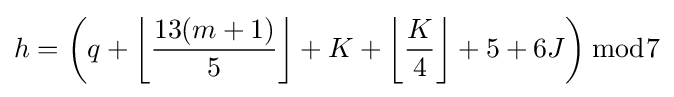
h=\left(q+\left\lfloor {\frac {13(m+1)}{5}}\right\rfloor +K+\left\lfloor {\frac {K}{4}}\right\rfloor +5+6J\right){\bmod {7}}